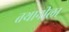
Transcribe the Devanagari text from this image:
तथानीला